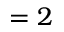
= 2